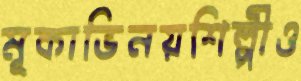
মূকাভিনয়শিল্পীও